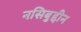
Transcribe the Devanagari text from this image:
नसिबुद्दीन